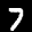
Label: 7